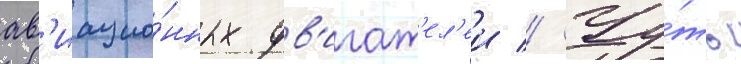
ав'иацио́нных дв'игат'ел'еи // Чу́ть